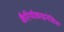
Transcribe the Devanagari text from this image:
कैरियोकाइनेसिस